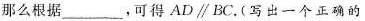
那么根据___,可得AD∥BC。(写出一个正确的